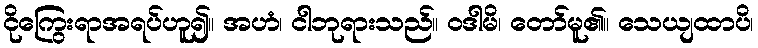
ငိုကြွေးရာအရပ်ဟူ၍။ အဟံ၊ ငါဘုရားသည်။ ဝဒါမိ၊ တော်မူ၏။ သေယျထာပိ၊